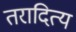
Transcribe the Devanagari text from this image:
तरादित्य